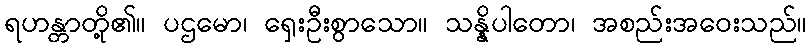
ရဟန္တာတို့၏။ ပဌမော၊ ရှေးဦးစွာသော။ သန္နိပါတော၊ အစည်းအဝေးသည်။